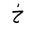
Letter: _kha